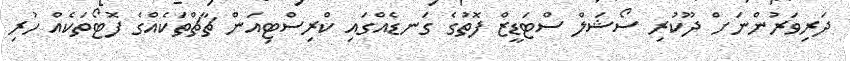
ދަރިވަރުންނަށް ދޫކުރި ސޯޝަލް ސްޓަޑީޒް ފޮތުގެ ގަނޑެއްގައި ކްރިސްޓިއަން ޗާޗްތަކެއްގެ ފޮޓޯތަކެއް ހުރި